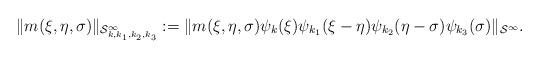
LaTeX: \begin{align*} \|m(\xi,\eta,\sigma)\|_{\mathcal{S}^\infty_{k,k_1,k_2,k_3}}:=\|m(\xi, \eta,\sigma)\psi_k(\xi)\psi_{k_1}(\xi-\eta)\psi_{k_2}(\eta-\sigma)\psi_{k_3}(\sigma)\|_{\mathcal{S}^\infty}.\end{align*}